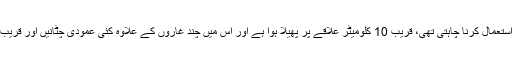
یہ پہاڑی علاقہ، جسے داعش اپنے ٹھکانے کے لیے استعمال کرنا چاہتی تھی، قریب 10 کلومیٹر علاقے پر پھیلا ہوا ہے اور اس میں چند غاروں کے علاوہ کئی عمودی چٹانیں اور قریب 250 میٹر گہری ایک پہاڑی کھائی بھی موجود ہے۔